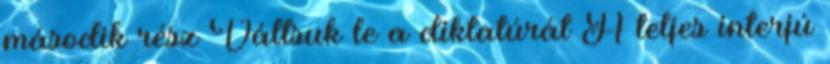
második rész Váltsuk le a diktatúrát A teljes interjú